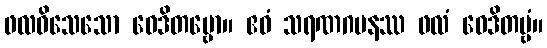
ဖလဝိသေသော ဝေဒိတဗ္ဗော။ ဧဝံ သရဏဂမနဿ ဖလံ ဝေဒိတဗ္ဗံ။